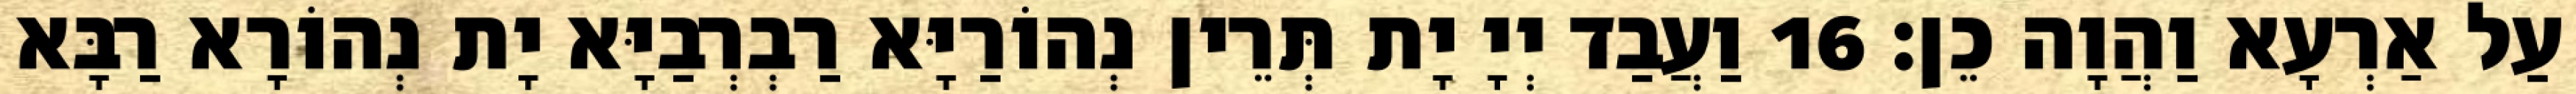
עַל אַרְעָא וַהֲוָה כֵן׃ 16 וַעֲבַד יְיָ יָת תְּרֵין נְהוֹרַיָּא רַבְרְבַיָּא יָת נְהוֹרָא רַבָּא